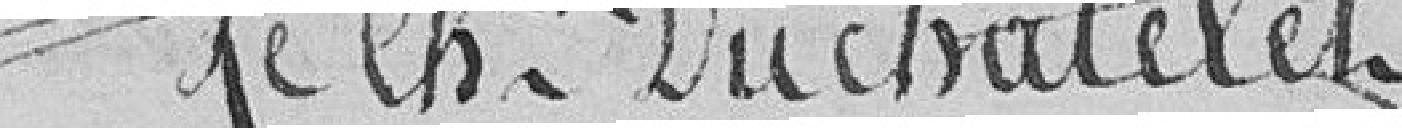
Le Chatelain du Châtelet